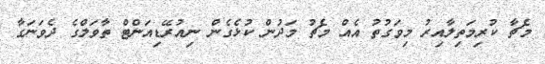
މެޗާ ކުރިމަތިލާއިރު މިވަގުތު އެއް މެޗު މަދުން ކުޅެގެން ނިއުރޭޑިއަންޓް ތާވަލްގެ ދެވަނަގާ